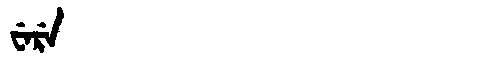
Manchu: ᠸᡝᡵᡝ
Romanization: WERE